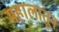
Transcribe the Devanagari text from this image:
महालातून